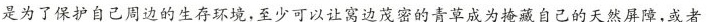
是为了保护自己周边的生存环境，至少可以让窝边茂密的青草成为掩藏自己的天然屏障，或者